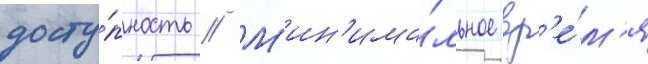
досту́пность // М'ин'има́льное вр'е́м'я